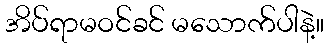
အိပ်ရာမဝင်ခင် မသောက်ပါနဲ့။